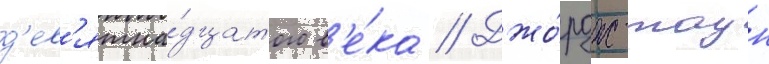
д'ев'ятна́дцатого в'е́ка // Джо́рдж-таун